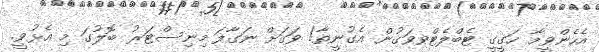
އެހެންވީމާ ހަގީގީ ޓެބްލެޓްވވަގުން އެގުނީތާ! ވަގަށް ނަގާފަ މިނިސްޓަރު ބޮލުގަ މި އެޅުވީ.